65_HS1-834228961_62-HQ-83894_Section_5
Agency: FBI
Page 14
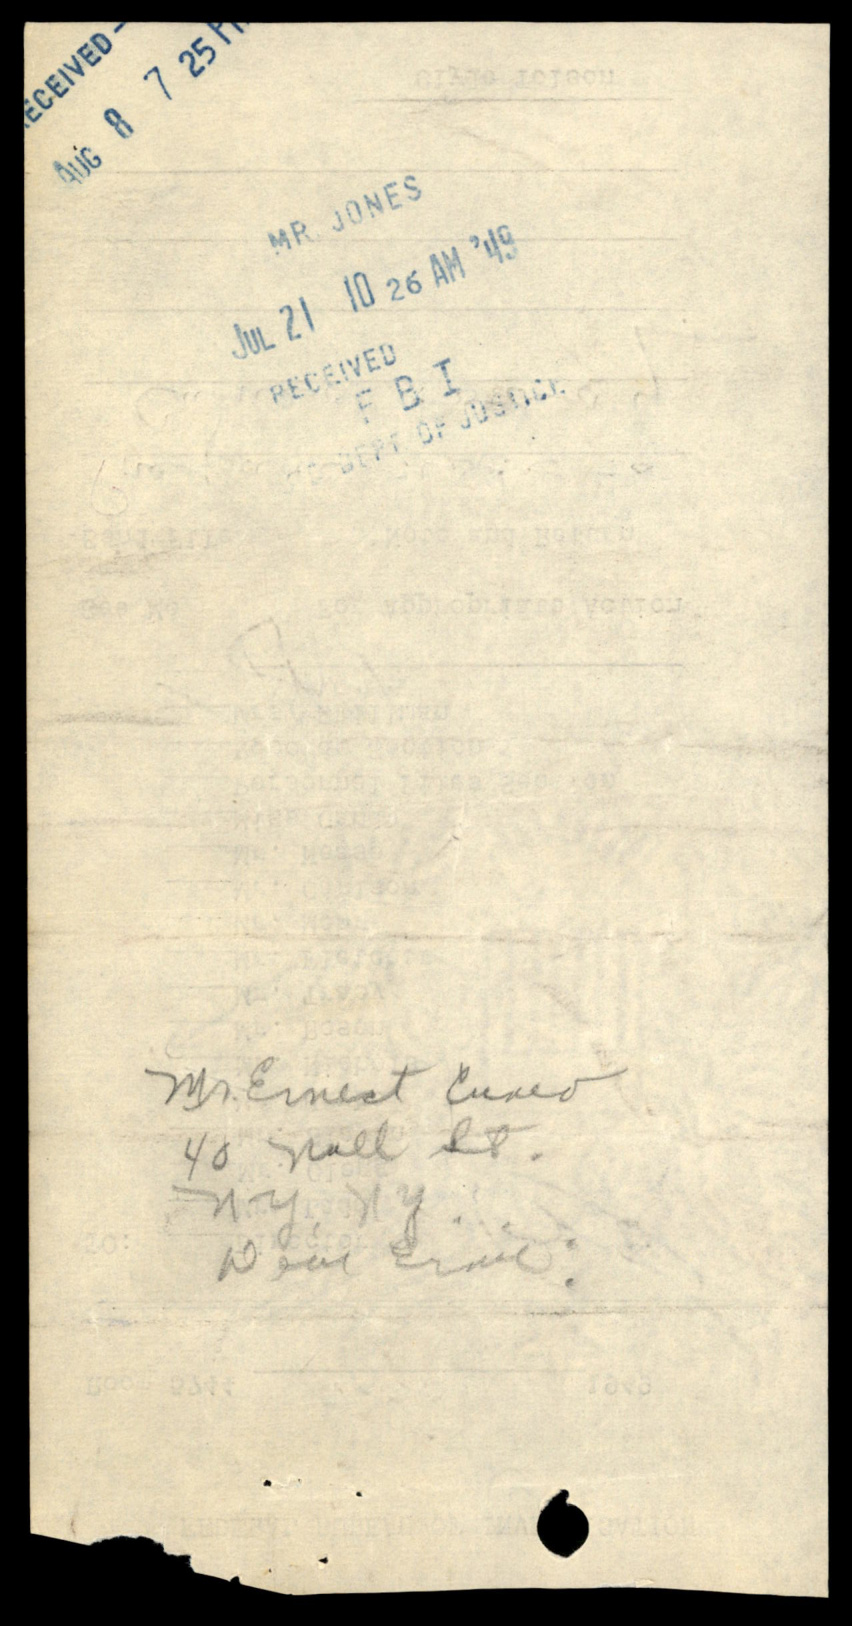